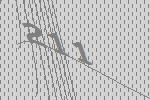
211